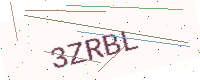
Text: 3ZRBL